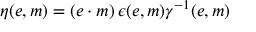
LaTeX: \eta ( e , m ) = ( e \cdot m ) \, \epsilon ( e , m ) \gamma ^ { - 1 } ( e , m )